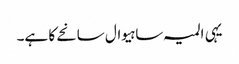
یہی المیہ ساہیوال سانحے کا ہے۔